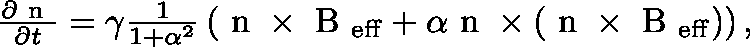
\begin{array} { r } { \frac { \partial \mathrm { \boldmath ~ n ~ } } { \partial t } = \gamma \frac { 1 } { 1 + \alpha ^ { 2 } } \left( \mathrm { \boldmath ~ n ~ } \times \mathrm { \boldmath ~ B ~ } _ { \mathrm { e f f } } + \alpha \mathrm { \boldmath ~ n ~ } \times \left( \mathrm { \boldmath ~ n ~ } \times \mathrm { \boldmath ~ B ~ } _ { \mathrm { e f f } } \right) \right) , } \end{array}